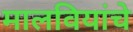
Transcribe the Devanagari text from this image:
मालवियांचे